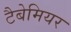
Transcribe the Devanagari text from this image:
टैबेमियर